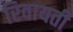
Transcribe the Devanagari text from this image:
रिवायती